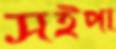
সইপা